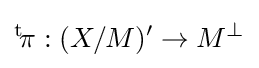
{}^{\text{t}}\!\pi :(X/M)^{\prime }\to M^{\bot }